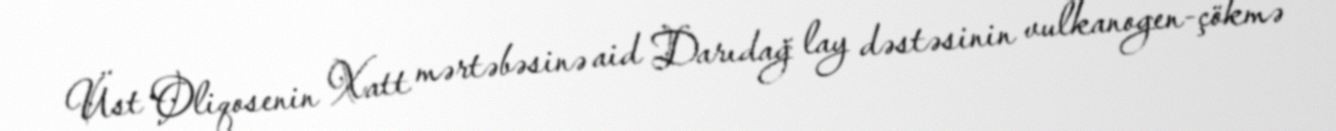
Üst Oliqosenin Xatt mərtəbəsinə aid Darıdağ lay dəstəsinin vulkanogen-çökmə